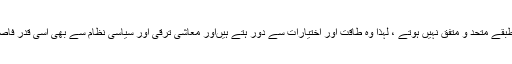
محروم اورپسے طبقے متحد و متفق نہیں ہوتے ، لہٰذا وہ طاقت اور اختیارات سے دور ہتے ہیںاور معاشی ترقی اور سیاسی نظام سے بھی اسی قدر فاصلے پر ہوتے ہیں۔